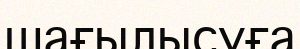
шағылысуға